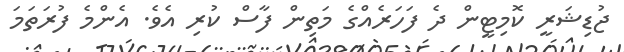
ޖުޑިޝަރީ ކޮމިޓީން ދެ ފަހަރެއްގެ މަތިން ފާސް ކުރި އެވެ. އެންމެ ފުރަތަމަ